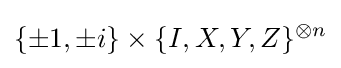
\{\pm 1,\pm i\}\times \{I,X,Y,Z\}^{\otimes n}